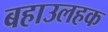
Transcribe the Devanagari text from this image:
बहाउलहक